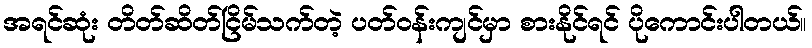
အရင်ဆုံး တိတ်ဆိတ်ငြိမ်သက်တဲ့ ပတ်ဝန်းကျင်မှာ စားနိုင်ရင် ပိုကောင်းပါတယ်။